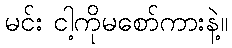
မင်း ငါ့ကိုမစော်ကားနဲ့။